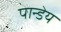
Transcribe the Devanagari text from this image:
पान्डेय